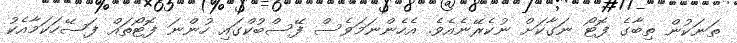
ތަނަކުން ތިބާގެ ފޮޓޯ ނަގާކަށް ނުކެރޭނެއެވެ. އެހެންނަމަވެސް ފޭސްބުކްގައި ހުންނަ ފޮޓޯތައް ފަސޭހަކަމާއެކު